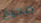
صحيح